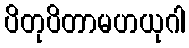
ပိတုပိတာမဟယုဂါ